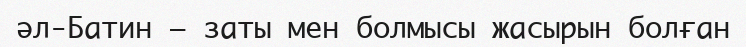
әл-Батин – заты мен болмысы жасырын болған